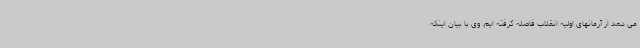
می دهد از آرمانهای اولیه انقلاب فاصله گرفته ایم. وی با بیان اینکه